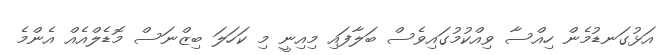
އަޅުގަނޑުމެން ހިއްސާ ވިއްކުމުގައިވެސް ބަލާފައި މިއިނީ މި ކަހަލަ ބިޒްނަސް މޮޑެލްއެއް އެންމެ